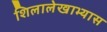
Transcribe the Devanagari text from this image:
शिलालेखाभ्यास